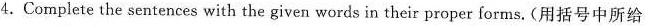
4. Complete the sentences with the given words in their proper forms. (用括号中所给